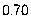
0.70